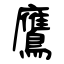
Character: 鷹